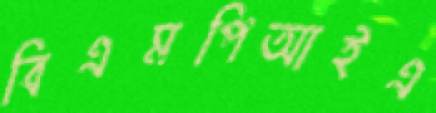
বিএমপিআইএ